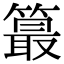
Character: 𥳣